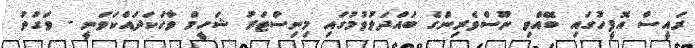
ރައީސް އޮފީހުގައި ބޭއްވި ނޫސްވެރިންގެ ބައްދަލުވުމުގައި މިނިސްޓަރު ޝަހީމް ވާހަކަދައްކަވަނީ - ވަގުތު